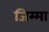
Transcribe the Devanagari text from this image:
जिम्‍मा